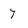
Character: 7